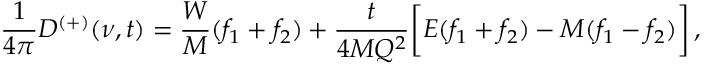
{ \frac { 1 } { 4 \pi } } D ^ { ( + ) } ( \nu , t ) = { \frac { W } { M } } ( f _ { 1 } + f _ { 2 } ) + { \frac { t } { 4 M Q ^ { 2 } } } \biggl [ E ( f _ { 1 } + f _ { 2 } ) - M ( f _ { 1 } - f _ { 2 } ) \biggr ] \, ,